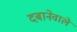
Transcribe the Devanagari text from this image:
दबानेवाले